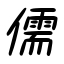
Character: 儒